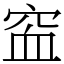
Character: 䆝